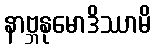
နာဗ္ဘနုမောဒိဿာမိ